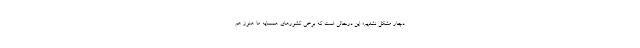
دچار مشکل نشدیم؛ این درحالی است که برخی کشورهای همسایه ما هنوز هم